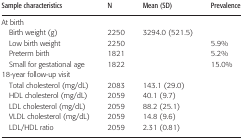
| Sample characteristics | N | Mean (SD) | Prevalence |
 | --- | --- | --- | --- |
 | <COLSPAN=4> At birth |
 | Birth weight (g) | 2250 | 3294.0 (521.5) |  |
 | Low birth weight | 2250 |  | 5.9% |
 | Preterm birth | 1821 |  | 5.2% |
 | Small for gestational age | 1822 |  | 15.0% |
 | <COLSPAN=4> 18-year follow-up visit |
 | Total cholesterol (mg/dL) | 2083 | 143.1 (29.0) |  |
 | HDL cholesterol (mg/dL) | 2059 | 40.1 (9.7) |  |
 | LDL cholesterol (mg/dL) | 2059 | 88.2 (25.1) |  |
 | VLDL cholesterol (mg/dL) | 2059 | 14.8 (9.6) |  |
 | LDL/HDL ratio | 2059 | 2.31 (0.81) |  |